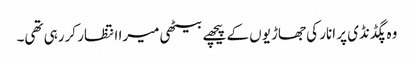
وہ پگڈنڈی پر انار کی جھاڑیوں کے پیچھے بیٹھی میرا انتظار کررہی تھی۔